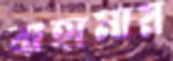
বাহামায়